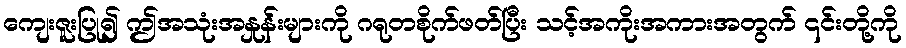
ကျေးဇူးပြု၍ ဤအသုံးအနှုန်းများကို ဂရုတစိုက်ဖတ်ပြီး သင့်အကိုးအကားအတွက် ၎င်းတို့ကို